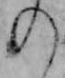
の